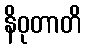
နိဝုတာတိ